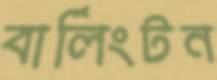
বার্লিংটন